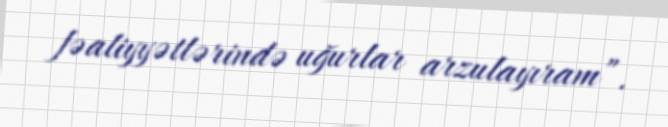
fəaliyyətlərində uğurlar arzulayıram”.